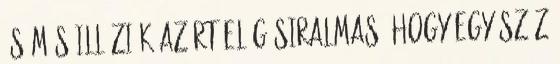
és más illúziók Azért elég siralmas, hogy egy száz